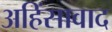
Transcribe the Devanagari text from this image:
अहिंसावाद